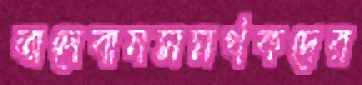
তালেবানসমর্থকদের